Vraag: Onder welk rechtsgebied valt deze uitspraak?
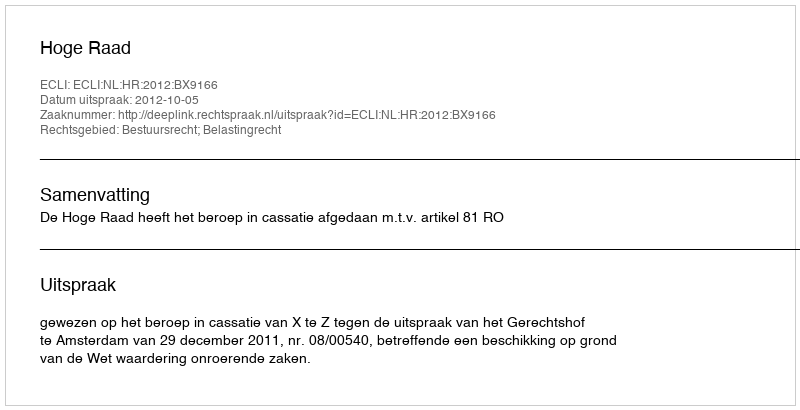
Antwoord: Bestuursrecht; Belastingrecht